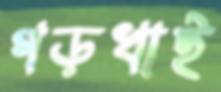
গড়খাই